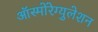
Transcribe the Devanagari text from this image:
ऑस्मोरेग्युलेशन